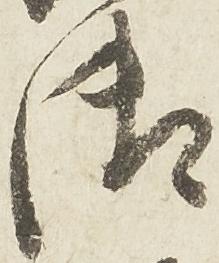
御